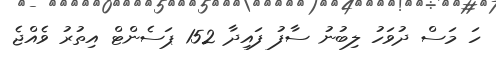
ހަ މަސް ދުވަހު ލިބުނު ސާފު ފައިދާ 152 ޕަސެންޓް އިތުރު ވެއްޖެ